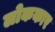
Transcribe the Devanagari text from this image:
लोककार